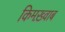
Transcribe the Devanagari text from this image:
किमख़्वाब